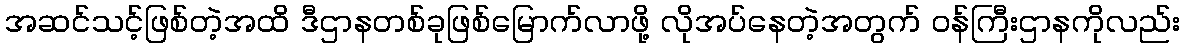
အဆင်သင့်ဖြစ်တဲ့အထိ ဒီဌာနတစ်ခုဖြစ်မြောက်လာဖို့ လိုအပ်နေတဲ့အတွက် ဝန်ကြီးဌာနကိုလည်း